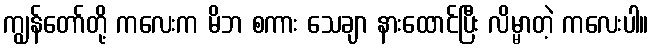
ကျွန်တော်တို့ ကလေးက မိဘ စကား သေချာ နားထောင်ပြီး လိမ္မာတဲ့ ကလေးပါ။